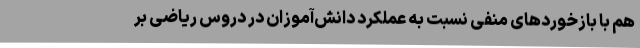
هم با بازخوردهای منفی نسبت به عملکرد دانش‌آموزان در دروس ریاضی بر